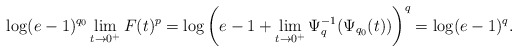
\begin{align*} \log(e-1)^{q_0}\lim_{t\rightarrow 0^+}F(t)^p=\log\bigg(e-1+\lim_{t\rightarrow 0^+}\Psi_q^{-1}(\Psi_{q_0}(t))\bigg)^q=\log(e-1)^q.\end{align*}